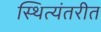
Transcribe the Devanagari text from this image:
स्थित्यंतरीत